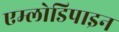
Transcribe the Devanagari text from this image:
एम्लोडिपाइन